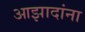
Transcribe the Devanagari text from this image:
आझादांना